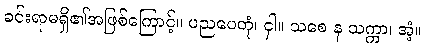
ခင်းရာမရှိ၏အဖြစ်ကြောင့်။ ပညပေတုံ၊ ငှါ။ သစေ န သက္ကာ၊ အံ့။